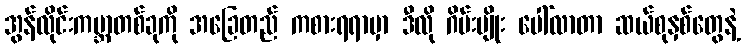
အွန်လိုင်းကမ္ဘာတစ်ခုကို အခြေတည် ကစားရရာမှာ ဒီလို ဂိမ်းမျိုး ပေါ်လာတာ ဆယ်စုနှစ်တွေနဲ့